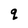
Character: q